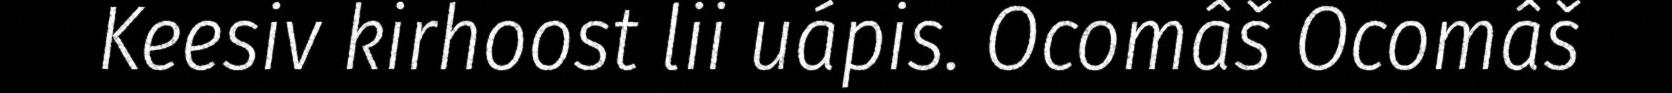
Keesiv kirhoost lii uápis. Ocomâš Ocomâš